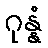
ဂုန္နံ